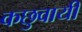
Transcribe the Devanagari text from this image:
कछुवायी